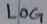
Text: LOG